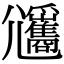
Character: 𡰡